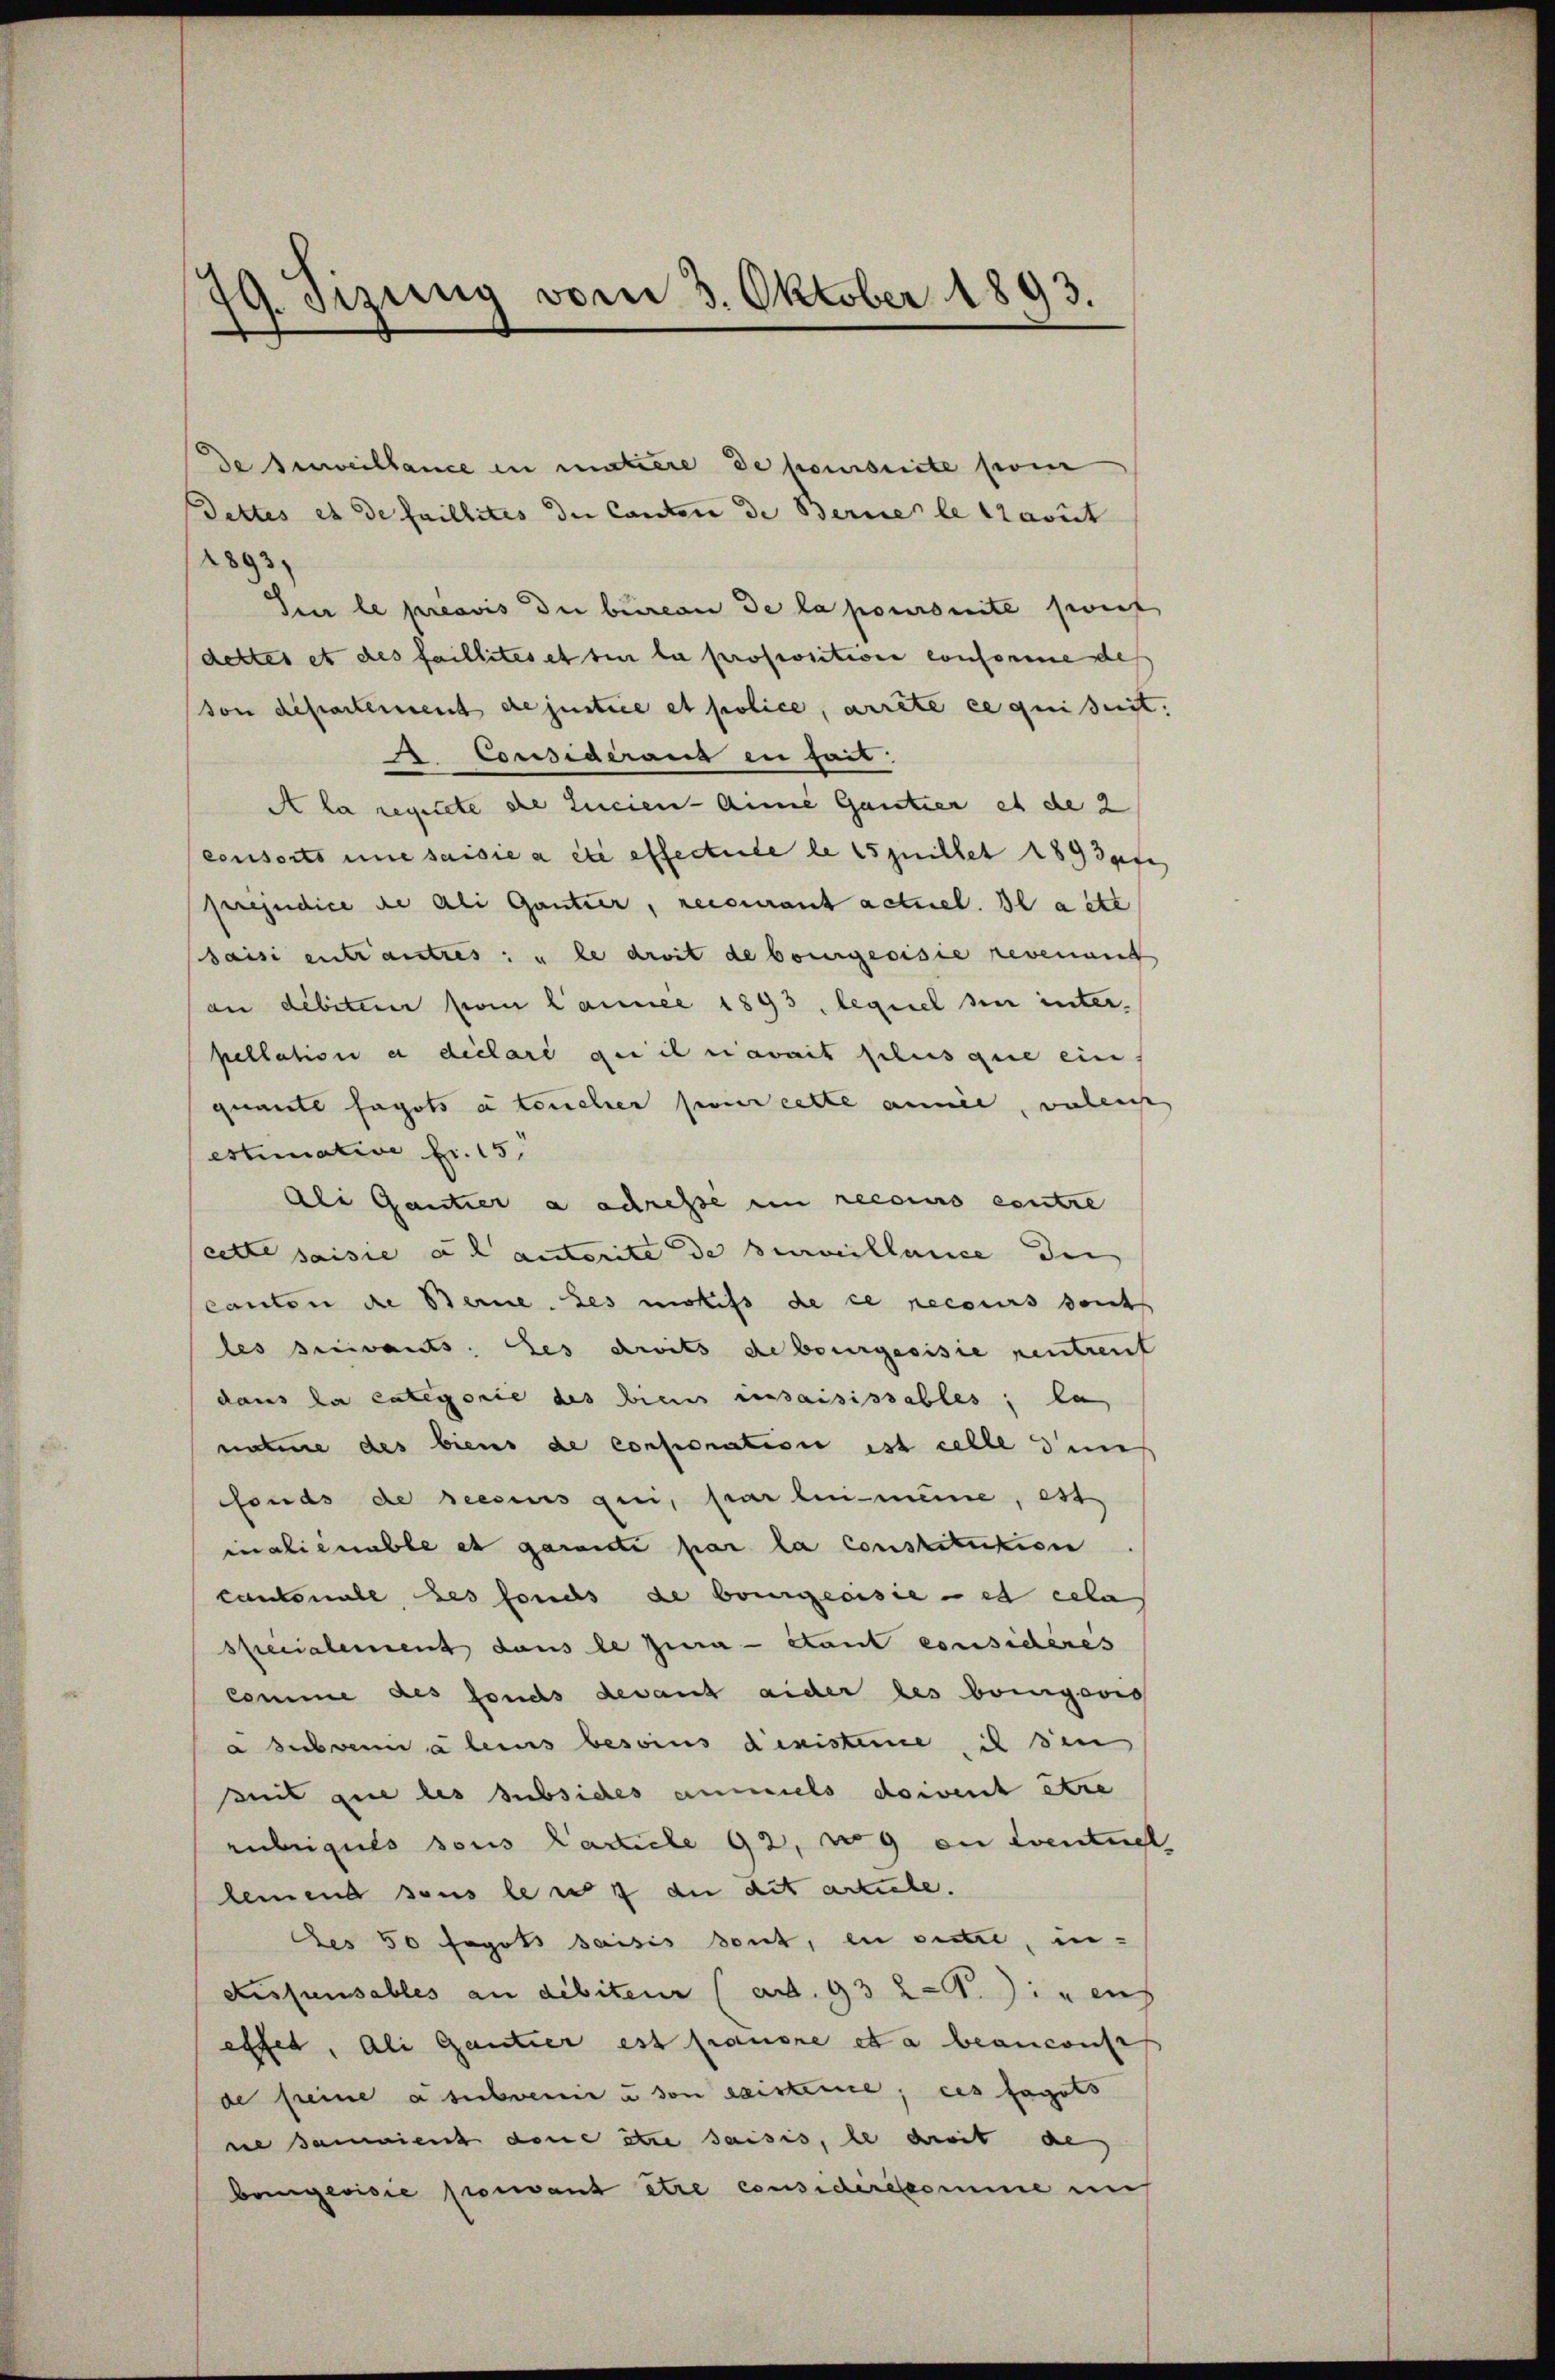
de Anweillance in mutiere de poursuite pom
Dettes es de faillites der Cantone de Berne le travit
2893)
Sur le préavis die bureau de la pouronte zweit
dettes et des faillites et sie la propositione conforme des
son departement die justice et police, arrête ce quisit.
. Considerang in seit
A la repetite die Lucien- Anna Gantier et de 2
consorts une saisie a été effectuele le quillet 189 des
prejudice de Ali Gantzer, recourant actuel. Il a étr
saisi entrautres: u le droit de bourgeoisie revenan
an debitem vom Launee 1893, lequel sin interpellation a déclaré de il navait plus que ein
quaitl fagots à toucher pour cette annie, verleich
estimative fr. 15
Ali Gantier a adressé en recours contre
cette saisie ad acterite de surveillance den
canton die Berne des motifs de ce recours sont
les servants. es droits debourgesisie rentreut
dans la Categorie des biens insaisissables; la
nature des biens de consoration ist celle dens
fonds de seesius qui, par lin meine, est
inaliénable et garante par la constitution
Cantonale des fonds de bourgerisie - es ecla
specialement dans le Zwa- étant consideres
comme des fonds devant aider les bringewis
a subvenir à leis besoins dinisteme, ich sen
Zuit que les subsides anmels doivent être
rübrigues sous Carticle 92, wo 9 an eventuel,
lemend sous le in 7 die dit artiele.
es 50 Fagots saisis sont, in sectre, in-
aissensables an debiteur (ad. 93 Z. gen
effen, Ali Gantier est franone et a beansonst
de seine a subvenir u. von existence, ces sagets
ne samment dene stre saisis, le dritt de
bringerisie proment être considereskomme in

79. Tizung vom 3. Oktober 1893.